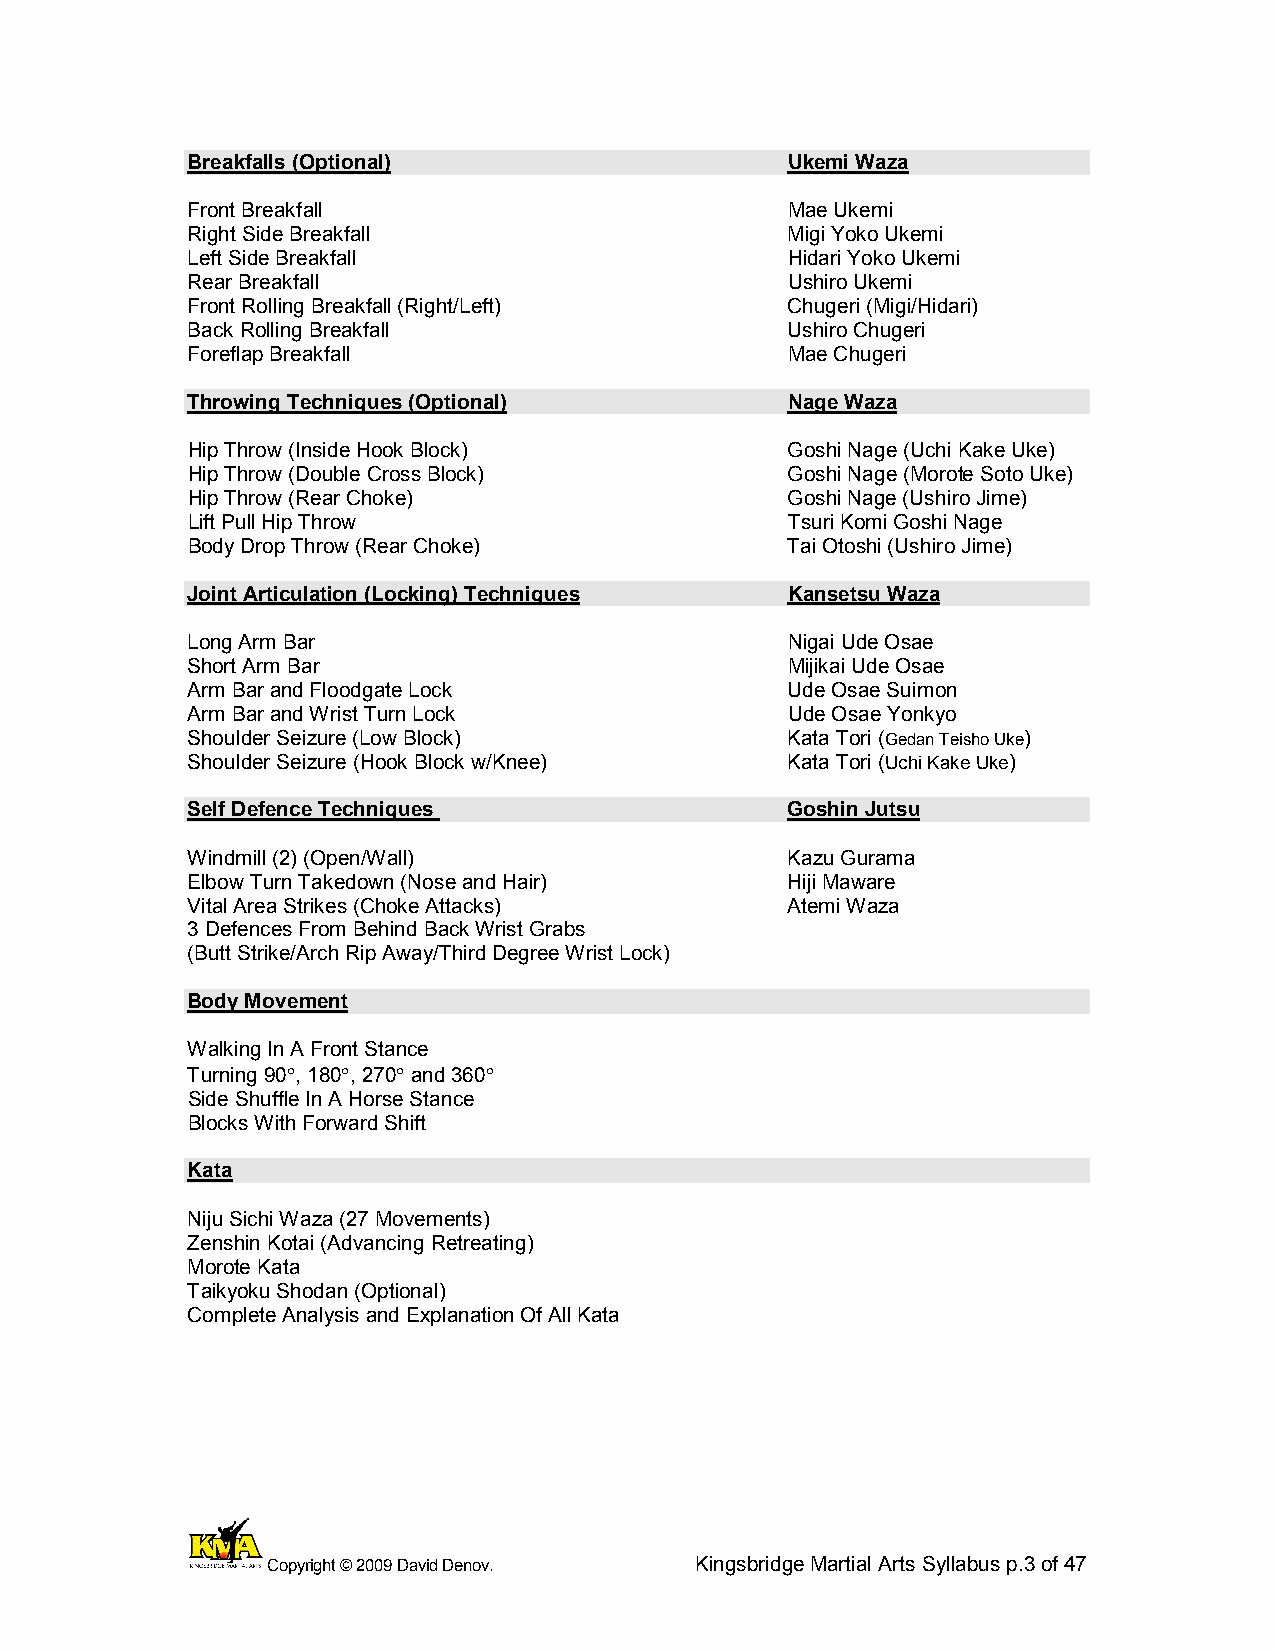
Breakfalls (Optional)                   Ukemi Waza
 Front Breakfall                         Mae Ukemi
 Right Side Breakfall                    Migi Yoko Ukemi
 Left Side Breakfall                     Hidari Yoko Ukemi
 Rear Breakfall                          Ushiro Ukemi
 Front Rolling Breakfall (Right/Left)    Chugeri (Migi/Hidari)
 Back Rolling Breakfall                  Ushiro Chugeri
 Foreflap Breakfall                      Mae Chugeri
 Throwing Techniques (Optional)          Nage Waza
 Hip Throw (Inside Hook Block)           Goshi Nage (Uchi Kake Uke)
 Hip Throw (Double Cross Block)          Goshi Nage (Morote Soto Uke)
 Hip Throw (Rear Choke)                  Goshi Nage (Ushiro Jime)
 Lift Pull Hip Throw                     Tsuri Komi Goshi Nage
 Body Drop Throw (Rear Choke)            Tai Otoshi (Ushiro Jime)
 Joint Articulation (Locking) Techniques Kansetsu Waza
 Long Arm Bar                            Nigai Ude Osae
 Short Arm Bar                           Mijikai Ude Osae
 Arm Bar and Floodgate Lock              Ude Osae Suimon
 Arm Bar and Wrist Turn Lock             Ude Osae Yonkyo
 Shoulder Seizure (Low Block)            Kata Tori (Gedan Teisho Uke)
 Shoulder Seizure (Hook Block w/Knee)    Kata Tori (Uchi Kake Uke)
 Self Defence Techniques                 Goshin Jutsu
 Windmill (2) (Open/Wall)                Kazu Gurama
 Elbow Turn Takedown (Nose and Hair)     Hiji Maware
 Vital Area Strikes (Choke Attacks)      Atemi Waza
 3 Defences From Behind Back Wrist Grabs
 (Butt Strike/Arch Rip Away/Third Degree Wrist Lock)
 Body Movement
 Walking In A Front Stance
 Turning 90°, 180°, 270° and 360°
 Side Shuffle In A Horse Stance
 Blocks With Forward Shift
 Kata
 Niju Sichi Waza (27 Movements)
 Zenshin Kotai (Advancing Retreating)
 Morote Kata
 Taikyoku Shodan (Optional)
 Complete Analysis and Explanation Of All Kata
 Copyright © 2009 David Denov. Kingsbridge Martial Arts Syllabus p.3 of 47